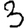
Digit: 3